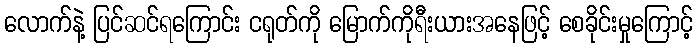
လောက်နဲ့ ပြင်ဆင်ရကြောင်း ငရုတ်ကို မြောက်ကိုရီးယားအနေဖြင့် စေခိုင်းမှုကြောင့်